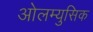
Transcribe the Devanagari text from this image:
ओलम्युसिक